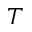
T